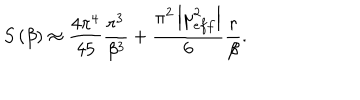
S \left( \beta \right) \approx \frac { 4 \pi ^ { 4 } } { 4 5 } \frac { r ^ { 3 } } { \beta ^ { 3 } } + \frac { \pi ^ { 2 } \left| \mu _ { e f f } ^ { 2 } \right| } { 6 } \frac { r } { \beta } .